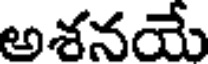
అశనయే